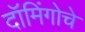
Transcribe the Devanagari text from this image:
दॉमिंगोचे